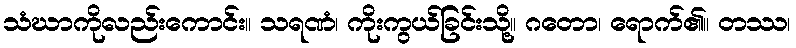
သံဃာကိုလည်းကောင်း။ သရဏံ၊ ကိုးကွယ်ခြင်းသို့။ ဂတော၊ ရောက်၏။ တဿ၊